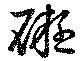
礙